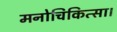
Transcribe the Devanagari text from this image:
मनोचिकित्सा।